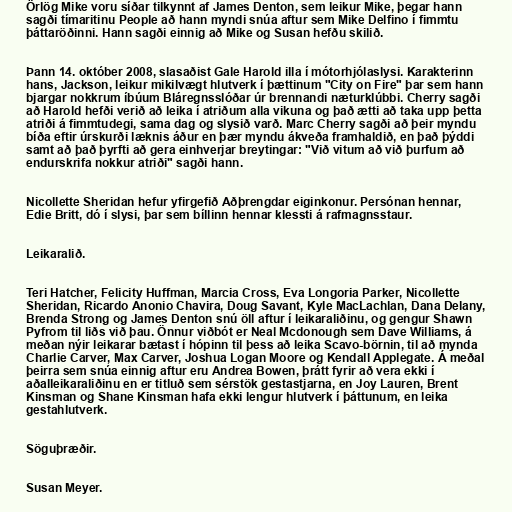
Örlög Mike voru síðar tilkynnt af James Denton, sem leikur Mike, þegar hann
sagði tímaritinu People að hann myndi snúa aftur sem Mike Delfino í fimmtu
þáttaröðinni. Hann sagði einnig að Mike og Susan hefðu skilið.

Þann 14. október 2008, slasaðist Gale Harold illa í mótorhjólaslysi. Karakterinn
hans, Jackson, leikur mikilvægt hlutverk í þættinum "City on Fire" þar sem hann
bjargar nokkrum íbúum Bláregnsslóðar úr brennandi næturklúbbi. Cherry sagði
að Harold hefði verið að leika í atriðum alla vikuna og það ætti að taka upp þetta
atriði á fimmtudegi, sama dag og slysið varð. Marc Cherry sagði að þeir myndu
bíða eftir úrskurði læknis áður en þær myndu ákveða framhaldið, en það þýddi
samt að það þyrfti að gera einhverjar breytingar: "Við vitum að við þurfum að
endurskrifa nokkur atriði" sagði hann.

Nicollette Sheridan hefur yfirgefið Aðþrengdar eiginkonur. Persónan hennar,
Edie Britt, dó í slysi, þar sem bíllinn hennar klessti á rafmagnsstaur.

Leikaralið.

Teri Hatcher, Felicity Huffman, Marcia Cross, Eva Longoria Parker, Nicollette
Sheridan, Ricardo Anonio Chavira, Doug Savant, Kyle MacLachlan, Dana Delany,
Brenda Strong og James Denton snú öll aftur í leikaraliðinu, og gengur Shawn
Pyfrom til liðs við þau. Önnur viðbót er Neal Mcdonough sem Dave Williams, á
meðan nýir leikarar bætast í hópinn til þess að leika Scavo-börnin, til að mynda
Charlie Carver, Max Carver, Joshua Logan Moore og Kendall Applegate. Á meðal
þeirra sem snúa einnig aftur eru Andrea Bowen, þrátt fyrir að vera ekki í
aðalleikaraliðinu en er titluð sem sérstök gestastjarna, en Joy Lauren, Brent
Kinsman og Shane Kinsman hafa ekki lengur hlutverk í þáttunum, en leika
gestahlutverk.

Söguþræðir.

Susan Meyer.